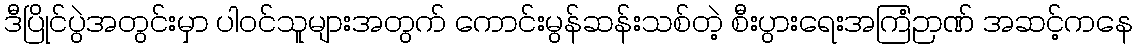
ဒီပြိုင်ပွဲအတွင်းမှာ ပါဝင်သူများအတွက် ကောင်းမွန်ဆန်းသစ်တဲ့ စီးပွားရေးအကြံဉာဏ် အဆင့်ကနေ